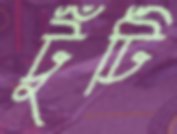
টুঁটি